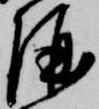
酒